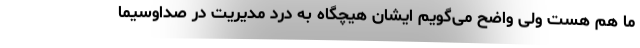
ما هم هست ولی واضح می‌گویم ایشان هیچگاه به درد مدیریت در صداوسیما